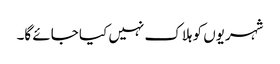
شہریوں کو ہلاک نہیں کیا جائے گا۔